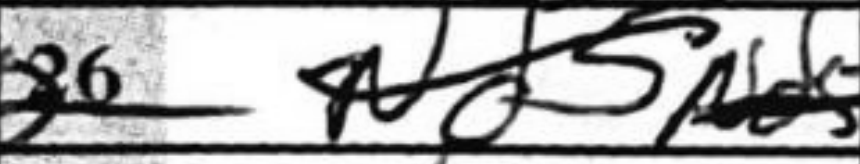
Transcription: Nd5